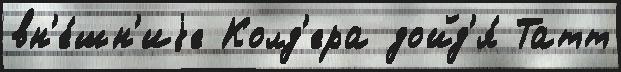
вн'е́шн'иjе Колд'ера дойд'я́ Татт